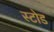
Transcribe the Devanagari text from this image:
स्टोड